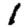
Digit: 1